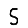
Digit: 5